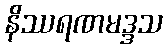
နိဿရဏမဒ္ဒသ